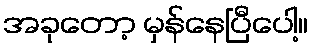
အခုတော့ မှန်နေပြီပေါ့။